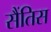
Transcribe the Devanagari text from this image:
सैंतिस